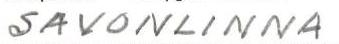
SAVONLINNA